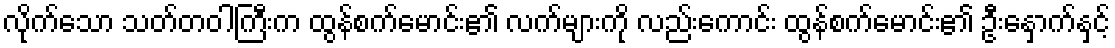
လိုက်သော သတ်တဝါကြီးက ထွန်စက်မောင်း၏ လက်များကို လည်းကောင်း ထွန်စက်မောင်း၏ ဦးနှောက်နှင့်